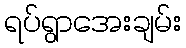
ရပ်ရွာအေးချမ်း